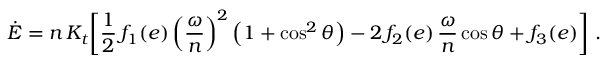
\dot { E } = n \, { \cal K } _ { t } \bigg [ \frac 1 2 \, f _ { 1 } ( e ) \left( \frac { \omega } { n } \right) ^ { 2 } \left( 1 + \cos ^ { 2 } \theta \right) - 2 \, f _ { 2 } ( e ) \, \frac { \omega } { n } \cos \theta + f _ { 3 } ( e ) \bigg ] \ .